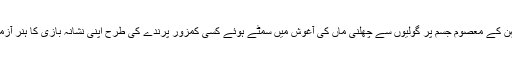
بڑی بہن کے معصوم جسم پر گولیوں سے چھلنی ماں کی آغوش میں سمٹے ہوئے کسی کمزور پرندے کی طرح اپنی نشانہ بازی کا ہنر آزمایا تھا۔